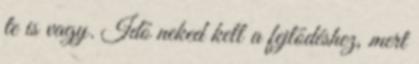
te is vagy. Idő neked kell a fejlődéshez, mert